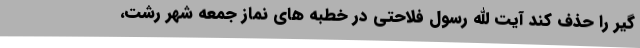
گیر را حذف کند آیت الله رسول فلاحتی در خطبه های نماز جمعه شهر رشت،